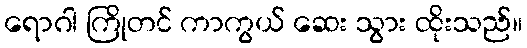
ရောဂါ ကြိုတင် ကာကွယ် ဆေး သွား ထိုးသည်။